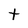
Character: t